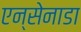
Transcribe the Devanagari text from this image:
एन्सेनाडा